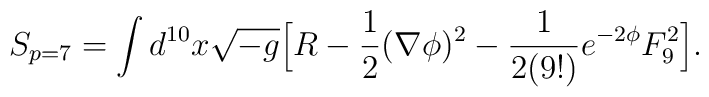
S_{p=7} = \int d^{10} x \sqrt{-g}   \Big[ R  - {1 \over 2} (\nabla \phi)^2 - {1 \over 2 (9!)}e^{-2 \phi} F^2_9 \Big].